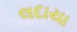
લદાયા